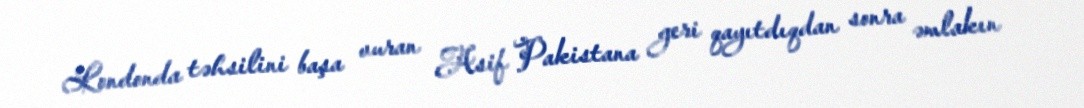
Londonda təhsilini başa vuran Asif Pakistana geri qayıtdıqdan sonra əmlakın